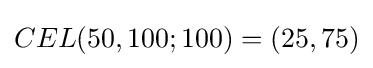
CEL(50,100;100)=(25,75)